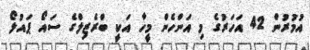
އުމުރުން 42 އަހަރުގެ މި އަންހެން މީހާ އަކީ ބްރެޒިލްގެ ސައޯ ޕައުލޯ